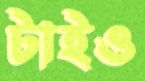
টাইও